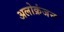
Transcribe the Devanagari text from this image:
अलोक्रंजन